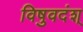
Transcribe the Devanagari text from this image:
विषुवदंश्